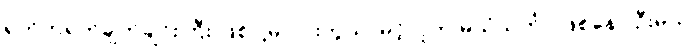
ရုတ်တရက်ချက်ချင်းကြီး ဖြစ်ပါ့မလားကွယ်၊ မင့်လူက မယုံသင်္ကာ ဖြစ်နေပါဦးမယ်